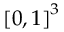
{ [ 0 , 1 ] } ^ { 3 }